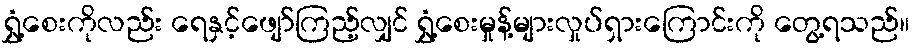
ရွှံ့စေးကိုလည်း ရေနှင့်ဖျော်ကြည့်လျှင် ရွှံ့စေးမှုန့်များလှုပ်ရှားကြောင်းကို တွေ့ရသည်။